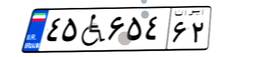
۴۵W۶۵۴۶۲